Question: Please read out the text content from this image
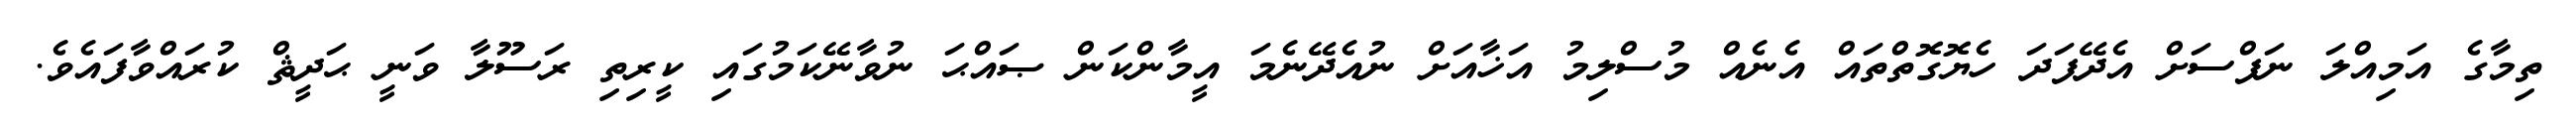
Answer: ތިމާގެ އަމިއްލަ ނަފްސަށް އެދޭފަދަ ހެޔޮގޮތްތައް އެނެއް މުސްލިމު އަޚާއަށް ނުއެދޭނެމަ އީމާންކަން ޞައްޙަ ނުވާނޭކަމުގައި ކީރިތި ރަސޫލާ ވަނީ ޙަދީޘް ކުރައްވާފައެވެ.